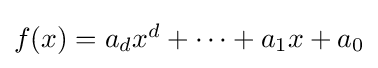
{\textstyle f(x)=a_{d}x^{d}+\cdots +a_{1}x+a_{0}}